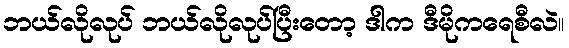
ဘယ်လိုလုပ် ဘယ်လိုလုပ်ပြီးတော့ ဒါက ဒီမိုကရေစီလဲ။